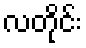
လတိုင်း